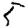
Digit: 5